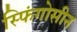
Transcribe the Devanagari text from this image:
स्फिंगोसीन